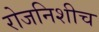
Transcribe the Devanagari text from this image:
रोजनिशीच